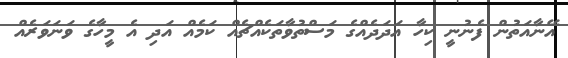
އޭނާއަތުން ފެނުނީ ކިހާ އަދަދެއްގެ މަސްތުވާތަކެއްޗެއް ކަމެއް އަދި އެ މީހާގެ ވަނަވަރެއް